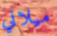
ميلاني